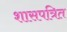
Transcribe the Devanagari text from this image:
शासपत्रित